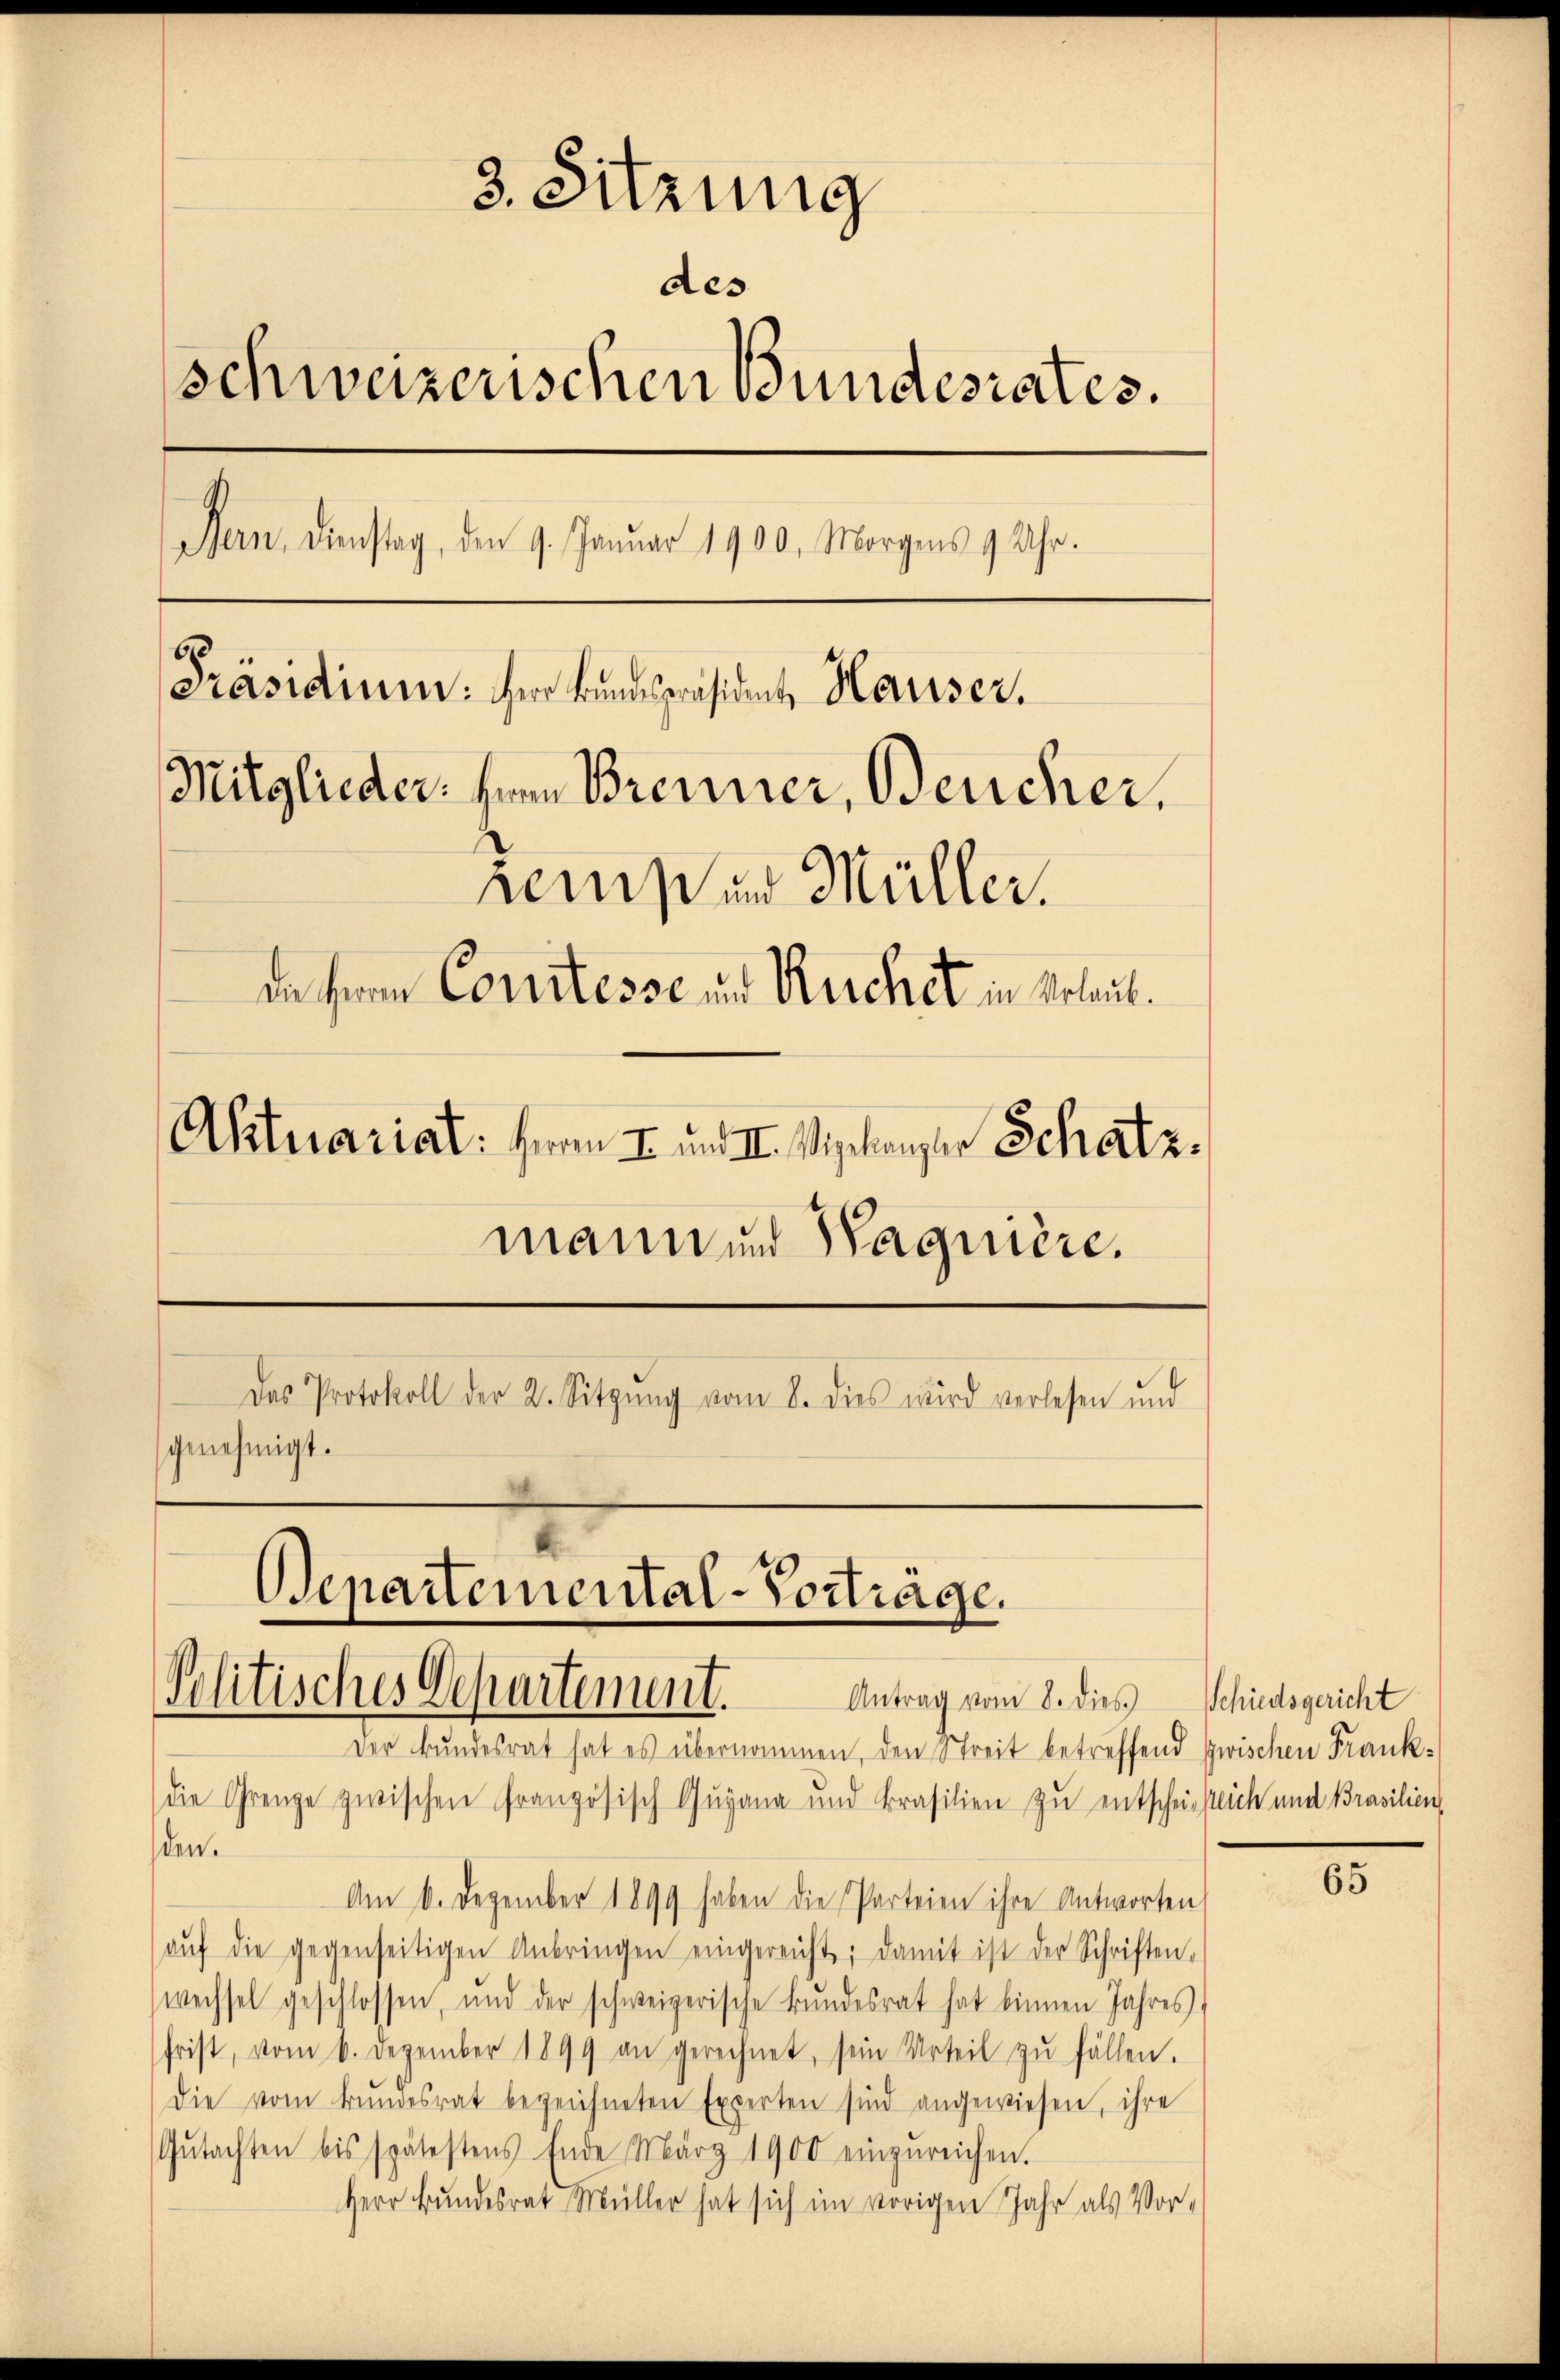
3. Sitzung
des
schweizerischen Bundesrates.
Bern, Dienstag, den 9. Januar 1900, Morgens 9 Uhr.
[Präsidium: Herr Bundespräsident, Hauser,
Mitglieder. Irem Brenner, Beucher.
semp und Müller.
da Herrn Constesse und Ruchet in Schaut.
Aktuariat: Herrn I und II. Wielanger Schatz.
mann und Wagnière.
Das Protokoll der 2. Sitzŭng vom 8. dies wird verlesen und
genehmigt.

Departemental-Vorträge.
Politisches Departement.
Antrag vom 8. dies Schiedsgericht

Der Bandesrat hat es übernommen, den Streit betreffend zwischen Frankdie Grenze zwischen Französisch Gugana und Brasilien zu entscheinstlich und Brasilien
en
Am 6. Dezember 1899 haben die Parteien ihre Antworten
aŭf die gegenseitigen Anbringen eingereicht; damit ist der Schriften,
wechsel geschlossen, und der schweizerische Bŭndesrat hat binnen Jahres
frist, vom 6. Dezember 1899 an gerechnet, sein Urteil zŭ fällen.
Die vom Bŭndesrat bezeichneten Experten sind angewiesen, ihre
Gŭtachten bis spätestens Ende März 1900 einzŭreichen.
Herr Bundesrat Müller hat sich im vorigen Jahr als Vor¬

3